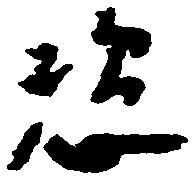
恣